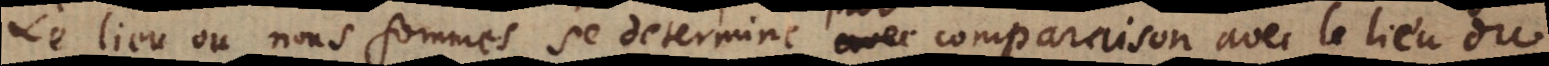
Le lieu où nous sommes se determine avec comparaison avec le lieu du